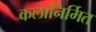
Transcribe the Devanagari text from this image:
कलानिर्मित